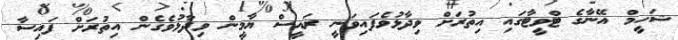
ޝަހީމް އޭނާގެ ޓްވީޓާގައި އިތުރަށް ވިދާޅުވެފައިވަނީ ރައީސް ޔާމީން ވިދާޅުވެގެން އިތުރަށް ފައިސާ